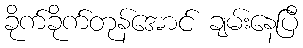
ခိုက်ခိုက်တုန်အောင် ချမ်းနေပြီ